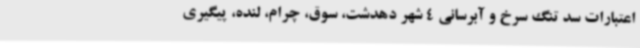
اعتبارات سد تنگ سرخ و آبرسانی 4 شهر دهدشت، سوق، چرام، لنده، پیگیری